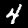
Digit: 4